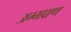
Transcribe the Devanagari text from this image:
अम्भप्राण